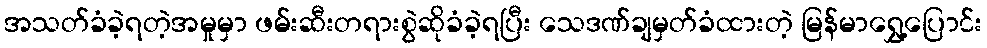
အသတ်ခံခဲ့ရတဲ့အမှုမှာ ဖမ်းဆီးတရားစွဲဆိုခံခဲ့ရပြီး သေဒဏ်ချမှတ်ခံထားတဲ့ မြန်မာရွှေ့ပြောင်း